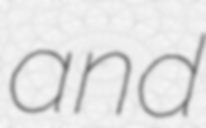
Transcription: and